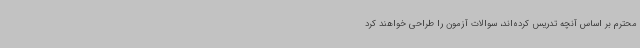
محترم بر اساس آنچه تدریس کرده‌اند، سوالات آزمون را طراحی خواهند کرد